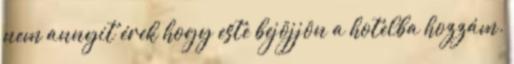
nem annyit érek hogy este bejöjjön a hotelba hozzám.